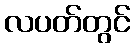
လပတ်တွင်